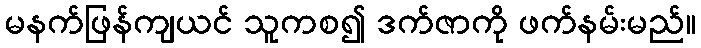
မနက်ဖြန်ကျယင် သူကစ၍ ဒက်ဇာကို ဖက်နမ်းမည်။